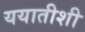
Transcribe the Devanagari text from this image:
ययातीशी